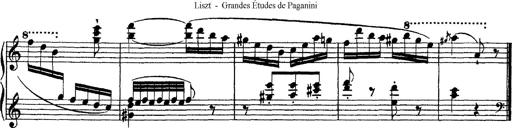
Title: Grandes Ã©tudes de Paganini
Composer: Franz Liszt